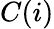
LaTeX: C(i)